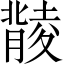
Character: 𦡟